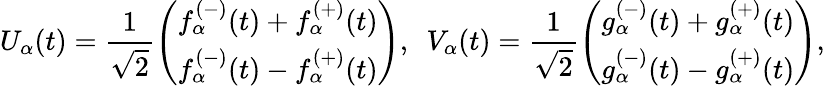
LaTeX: U_{\alpha}(t)=\frac{1}{\sqrt{2}}\left(\begin{array}{l}{{f_{\alpha}^{(-)}(t)+f_{\alpha}^{(+)}(t)}}\\ {{f_{\alpha}^{(-)}(t)-f_{\alpha}^{(+)}(t)}}\end{array}\right),~~V_{\alpha}(t)=\frac{1}{\sqrt{2}}\left(\begin{array}{l}{{g_{\alpha}^{(-)}(t)+g_{\alpha}^{(+)}(t)}}\\ {{g_{\alpha}^{(-)}(t)-g_{\alpha}^{(+)}(t)}}\end{array}\right),